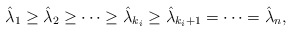
\begin{align*}\hat{\lambda}_1\geq\hat{\lambda}_2\geq\cdots\geq\hat{\lambda}_{k_i}\geq\hat{\lambda}_{k_i+1}=\cdots=\hat{\lambda}_n,\end{align*}